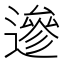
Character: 遪